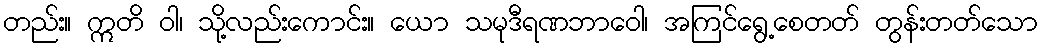
တည်း။ ဣတိ ဝါ၊ သို့လည်းကောင်း။ ယော သမုဒီရဏဘာဝေါ၊ အကြင်ရွေ့စေတတ် တွန်းတတ်သော